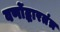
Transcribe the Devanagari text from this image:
वर्णोद्धारतंत्र